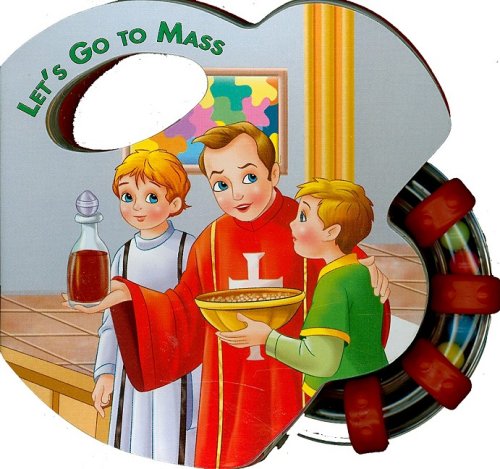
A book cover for Let's Go to Mass (St. Joseph Rattle Board Books); Catholic Book Publishing Co; Christian Books & Bibles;